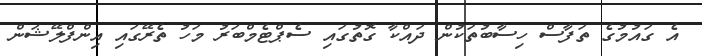
އެ ގައުމުގެ ތަފާސް ހިސާބުތަކުން ދައްކާ ގޮތުގައި ސެޕްޓެމްބަރު މަހު ތެރޭގައި އިންފްލޭޝަން